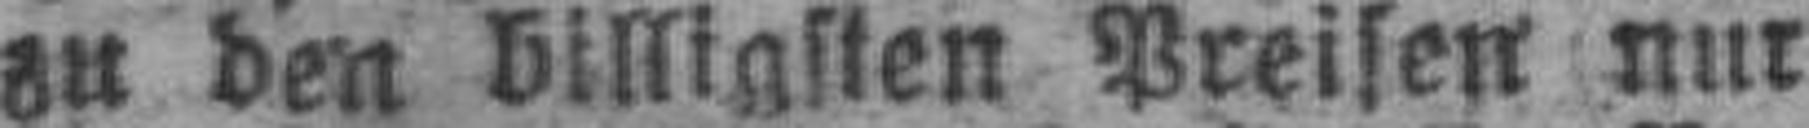
zu den billigsten Preisen nur